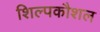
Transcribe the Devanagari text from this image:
शिल्पकौशल